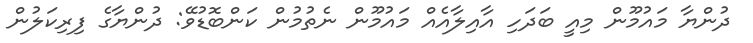
ދުންޔާ މައުމޫން މިއީ ބަދަހި އާއިލާއެއް މައުމޫން ނެތުމުން ކަންބޮޑުވޭ: ދުންޔާގެ ފިރިކަލުން